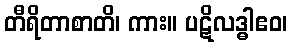
တီရိတာစာတိ၊ ကား။ ပဋိလဒ္ဓါဧဝ၊